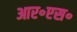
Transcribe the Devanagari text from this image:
आर॰एस॰